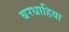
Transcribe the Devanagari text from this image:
बरधाहिया